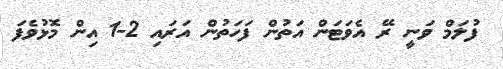
ފުލަމް ވަނީ ރޭ އެވަޓަން އަތުން ފަހަތުން އަރައި 2-1 އިން މޮޅުވެފަ